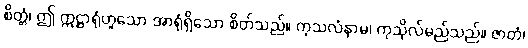
စိတ္တံ၊ ဤ ဣဋ္ဌာရုံဟူသော အာရုံရှိသော စိတ်သည်။ ကုသလံနာမ၊ ကုသိုလ်မည်သည်။ ဇာတံ၊